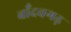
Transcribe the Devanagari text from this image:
बाँदवगढ़